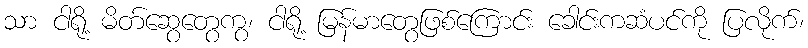
သာ ငါရို့ မိတ်ဆွေတွေကွ၊ ငါရို့ မြန်မာတွေဖြစ်ကြောင်း ခေါင်းကဆံပင်ကို ပြလိုက်၊